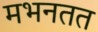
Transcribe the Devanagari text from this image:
मभनतत